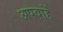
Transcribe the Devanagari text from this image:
अपवाहें